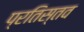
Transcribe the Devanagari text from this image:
प्रतिस्तव